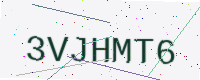
Text: 3VJHMT6